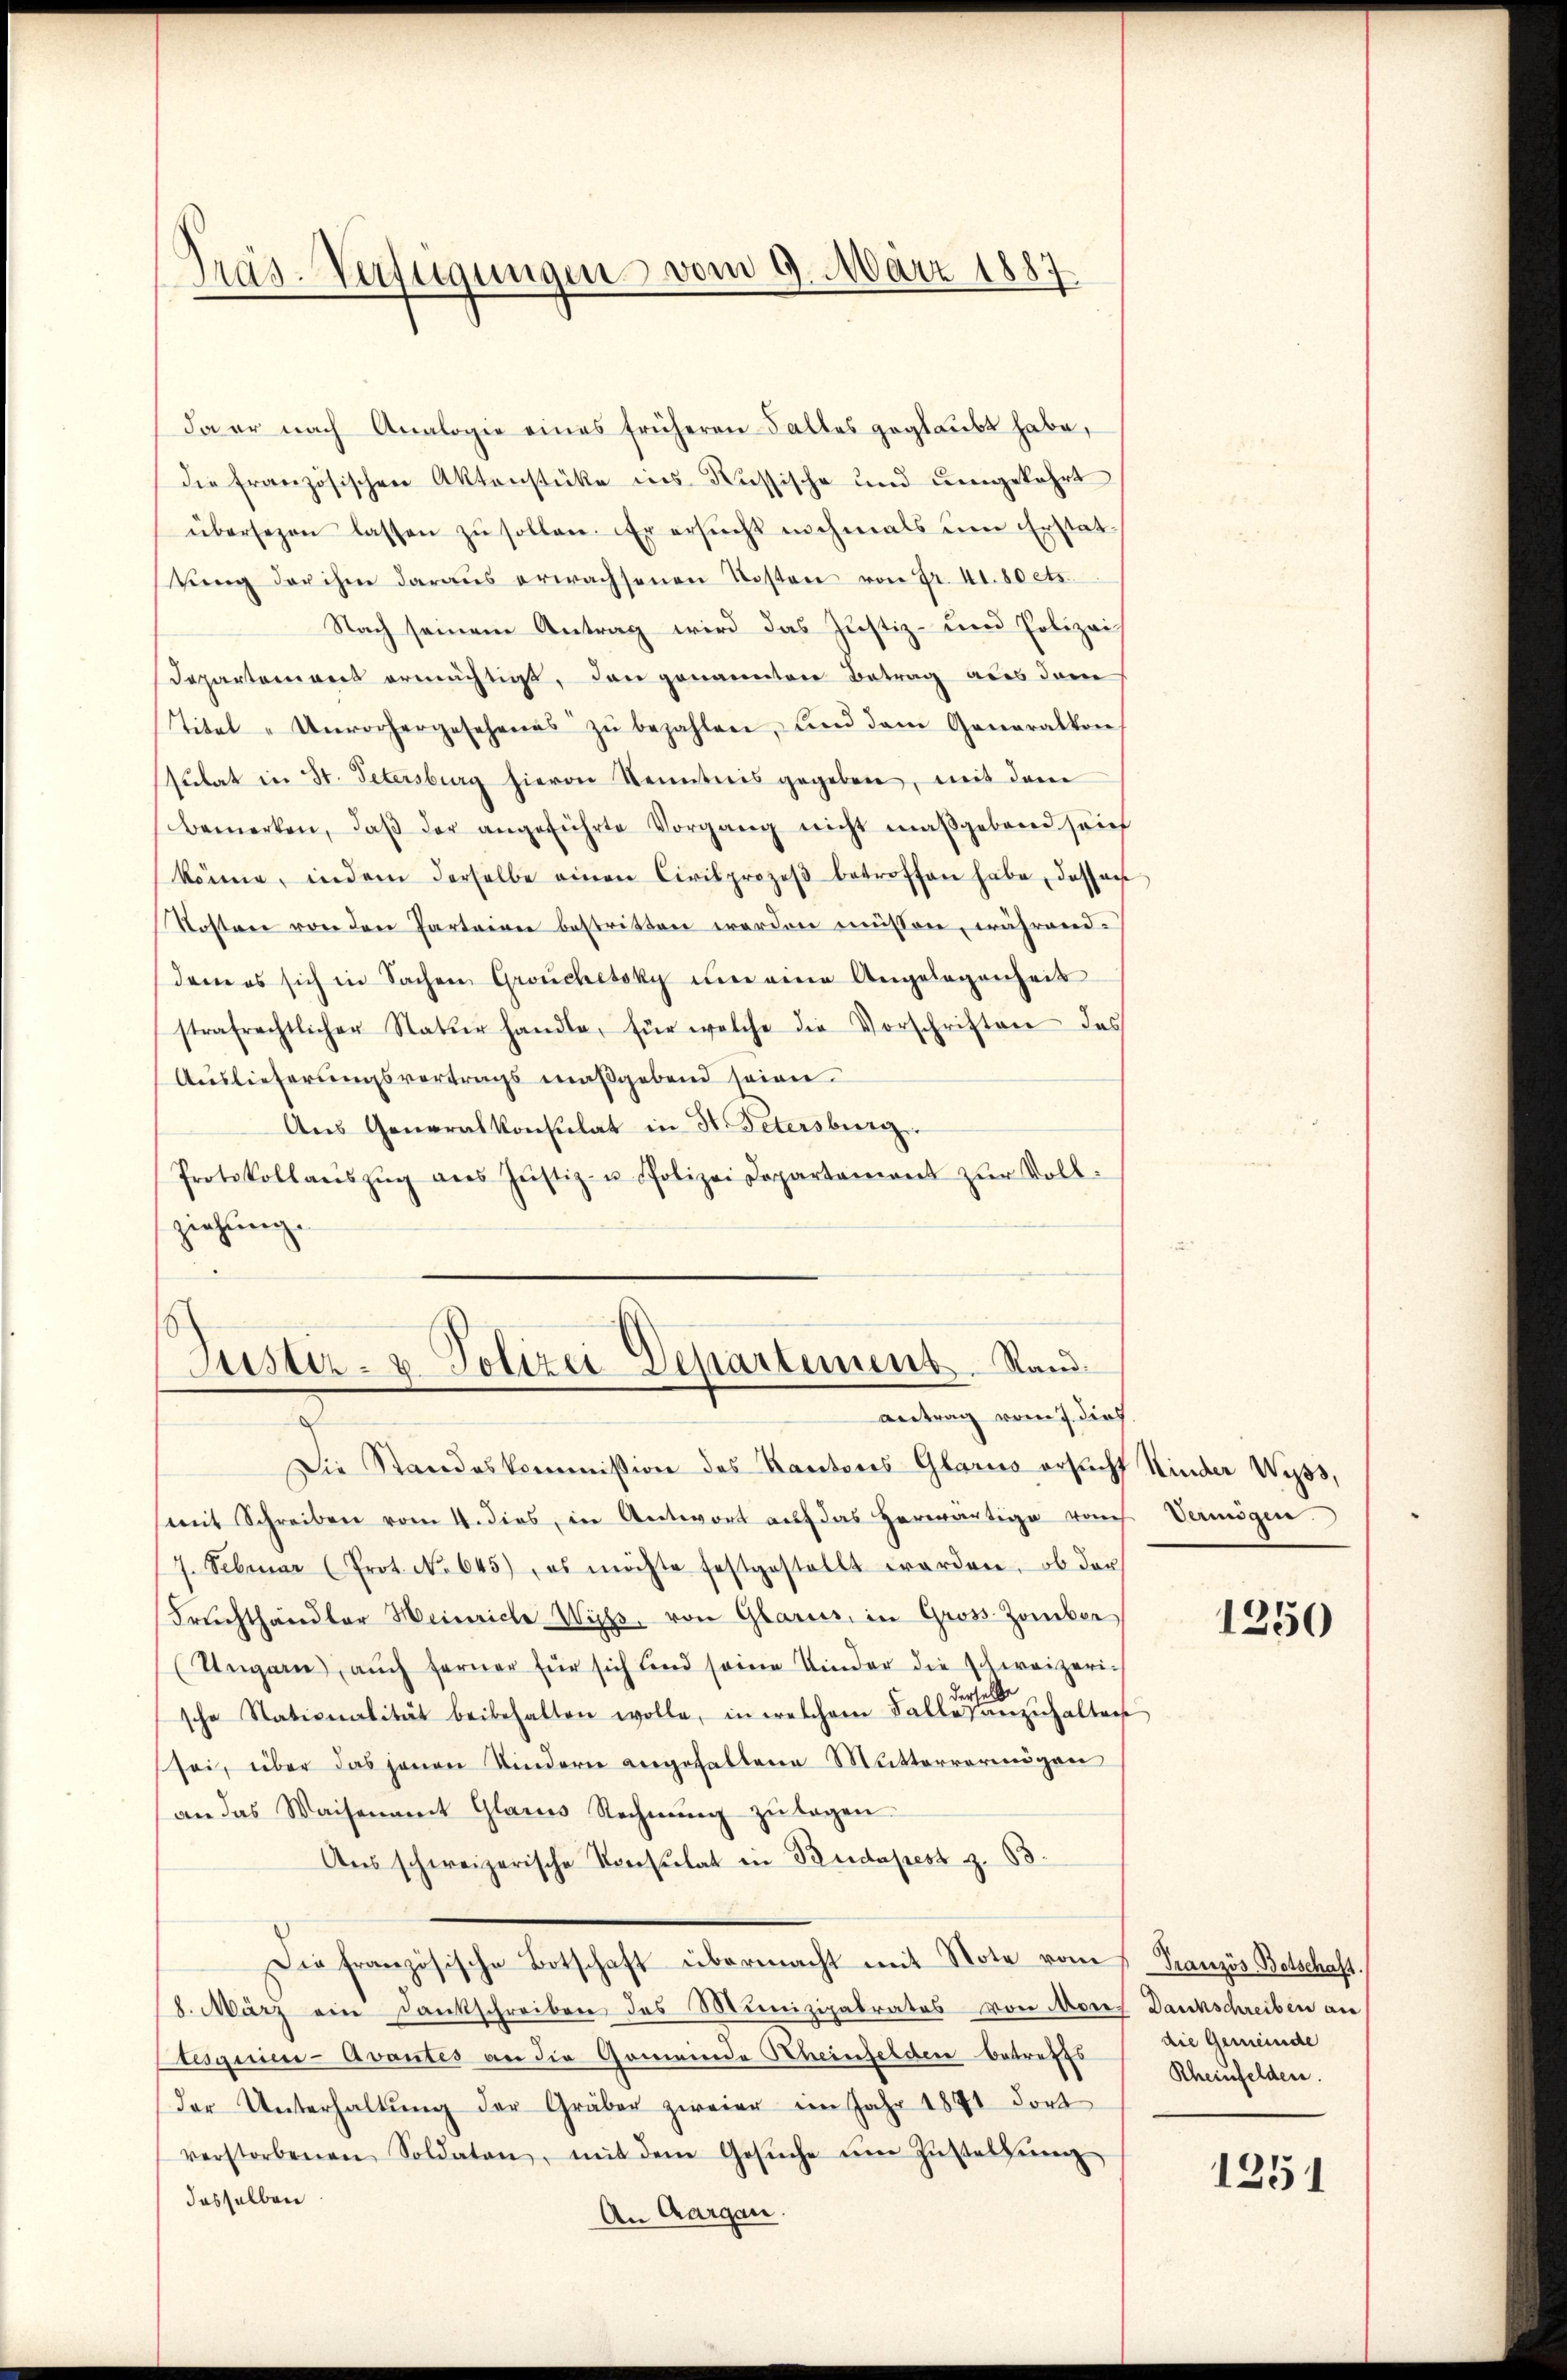
Präs. Verfügungen vom 9. März 1887

da er nach Analogie eines früheren Falles geglaubt habe,
die französischen Aktenstüke ins Russische und umgekehrt
übersezen lassen zu sollen. Er ersucht nochmals um Erstattŭng der ihm daraŭs erwachsenen Kosten von Fr. 41. 80 ets.
Nach seinem Antrag wird das Justiz- und Polizeis
Departement ermächtigt, den genannten Betrag aus dem
Titel "Unvorhergesehenes zŭ bezahlen, und dem Generalkon
sulat in St. Petersburg hievon Kenntnis gegeben, mit dem
bemerken, daβ der angeführte Vorgang nicht maßgebend sein
könne, indem derselbe einen Civilprozeβ betroffen habe, dassen
Kostene von den Parteigen bestritten worden müssen, während-
dem es sich in Sachen Grouchetoky um eine Angelegenheit
strafrechtlicher Natur handle, für welche die Vorschriften des
Auslieferungsvertrags maßgebend seien.
Aus Generalkonsulat in St. Petersburg.
Protokollaŭszŭg aŭs Jŭstiz- u Polizei Departament zŭr Voll-
ziehung.

Justiz- u. Polizei Departement. Stand
Antrag vom 7. dies.

Die Standeskommission des Kantons Glarus ersucht Kinder Wyss,
(mit Schreiben vom 4. dies, in Antwort aŭf das herwärtige von Vermögen
7. Februar (Prot. No. 645) es möchte festgestellt werden, ob der
Fruchthändler Heinriche Wiss, von Glarus, in Gross-Zomber
(Ungarn, auch ferner für sich und seine Kinder die schweizeri-
derselb
sche Stationalität beibehalten wolle, in welchem Falles anzŭhalten
sei, über das jenen Kindern angefallene Muttervermögen
(an das Waisenamt Glarus Rechnŭng zu legen
Aus schweizerische Konsulat in Budapest z. B.
Die französische Botschaft übermacht mit Note vom 1. Französ Botschaft.
8. März ein Dankschreiben des Munizipabrates von Mores Dankschreiben an
Stesquiere - Avantes an die Gemeinde Scheinfelden betreffs
der Unterhaltŭng der Gräber zweier im Jahr 1891 dort
verstorbenen Soldaten, mit dem Gesŭche ŭm Zŭstalsun
dasselben
An Aargau.

1250

die Gemeinde
Rheinfelden.

1251